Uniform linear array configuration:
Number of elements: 16
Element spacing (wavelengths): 0.5
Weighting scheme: hamming
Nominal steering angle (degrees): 45
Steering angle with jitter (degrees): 45.764
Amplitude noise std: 0.05
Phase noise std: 0.05

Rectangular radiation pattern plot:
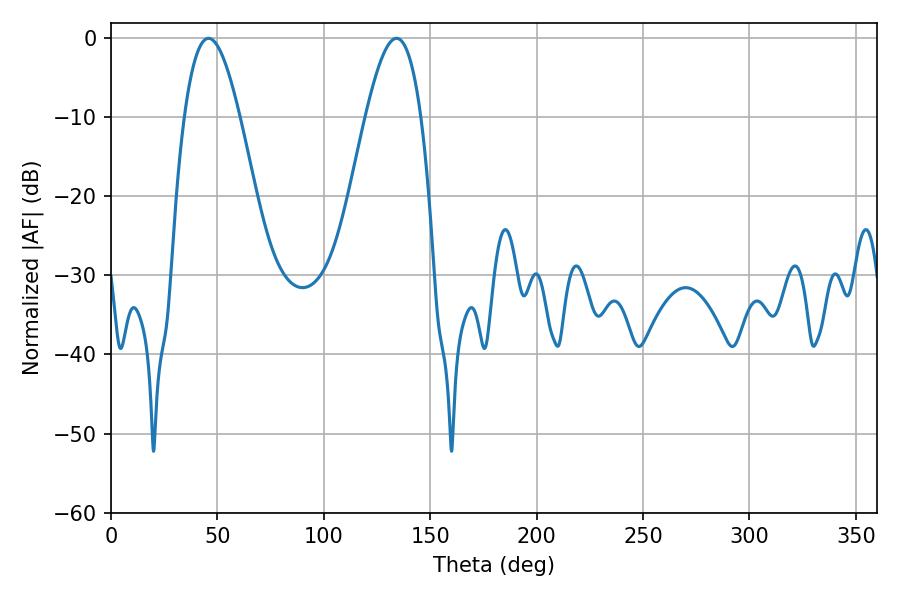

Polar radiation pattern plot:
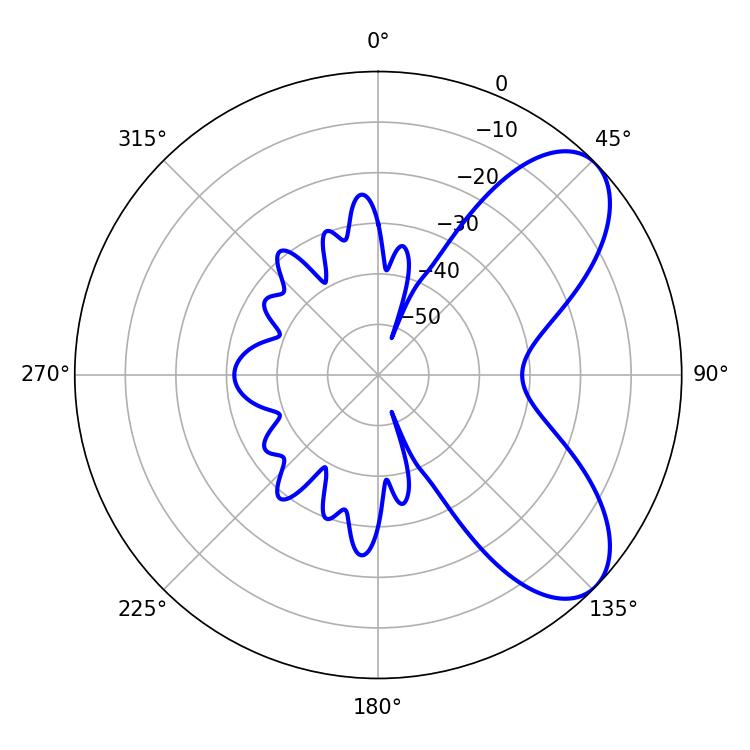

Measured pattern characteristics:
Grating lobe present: FALSE
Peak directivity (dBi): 7.116
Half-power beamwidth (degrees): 14.22
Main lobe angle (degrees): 45.9